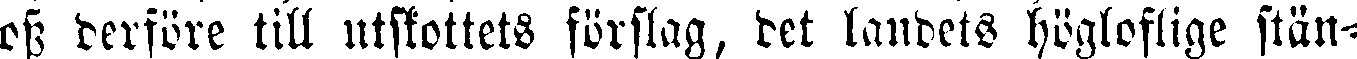
oss derföre till utskottets förslag, det landets högloflige stän-